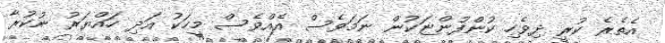
އެތެރެ ކުރީ ދިވެހި ކުންފުންޏަކުން ނަމަވެސް އެއްވެސް މީހަކު އަދި ހައްޔަރު ނުކުރާ